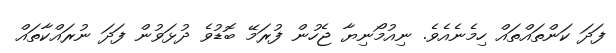
ފަދަ ކަންތައްތައް ހިމެނެއެވެ. ނިއުމޯނިޔާ ޖެހުން ފުރަމޭ ބޮޑުވެ ދުޅަވުން ފަދަ ނުރައްކާތައް